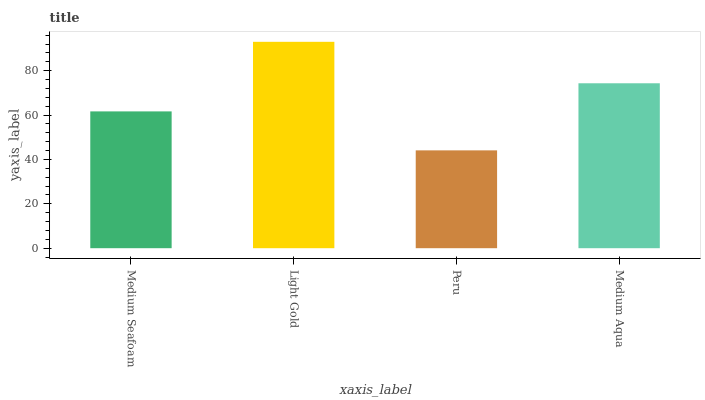
| xaxis_label | bars |
 | --- | --- |
 | Medium Seafoam | 61.7 |
 | Light Gold | 93 |
 | Peru | 44.1 |
 | Medium Aqua | 74.3 |